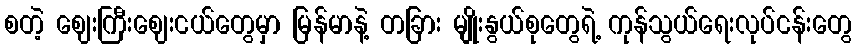
စတဲ့ ဈေးကြီးဈေးငယ်တွေမှာ မြန်မာနဲ့ တခြား မျိုးနွယ်စုတွေရဲ့ ကုန်သွယ်ရေးလုပ်ငန်းတွေ